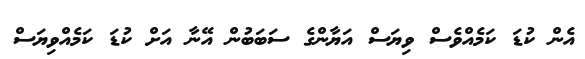
އެން ކުޑަ ކަމެއްވެސް ވިޔަސް އަޔާންގެ ސަބަބުން އޭނާ އަށް ކުޑަ ކަމެއްވިޔަސް